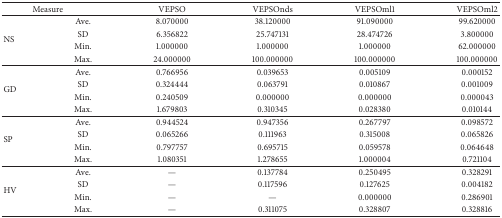
| <COLSPAN=2> Measure | VEPSO | VEPSOnds | VEPSOml1 | VEPSOml2 |
 | --- | --- | --- | --- | --- | --- |
 | <ROWSPAN=4> NS | Ave. | 8.070000 | 38.120000 | 91.090000 | 99.620000 |
 | SD | 6.356822 | 25.747131 | 28.474726 | 3.800000 |
 | Min. | 1.000000 | 1.000000 | 1.000000 | 62.000000 |
 | Max. | 24.000000 | 100.000000 | 100.000000 | 100.000000 |
 | <ROWSPAN=4> GD | Ave. | 0.766956 | 0.039653 | 0.005109 | 0.000152 |
 | SD | 0.324444 | 0.063791 | 0.010867 | 0.001009 |
 | Min. | 0.240509 | 0.000000 | 0.000000 | 0.000043 |
 | Max. | 1.679803 | 0.310345 | 0.028380 | 0.010144 |
 | <ROWSPAN=4> SP | Ave. | 0.944524 | 0.947356 | 0.267797 | 0.098572 |
 | SD | 0.065266 | 0.111963 | 0.315008 | 0.065826 |
 | Min. | 0.797757 | 0.695715 | 0.059578 | 0.064648 |
 | Max. | 1.080351 | 1.278655 | 1.000004 | 0.721104 |
 | <ROWSPAN=4> HV | Ave. | — | 0.137784 | 0.250495 | 0.328291 |
 | SD | — | 0.117596 | 0.127625 | 0.004182 |
 | Min. | — | — | 0.000000 | 0.286901 |
 | Max. | — | 0.311075 | 0.328807 | 0.328816 |